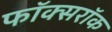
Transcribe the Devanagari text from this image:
फॉक्सरॉक